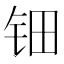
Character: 钿